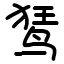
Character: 𫛭